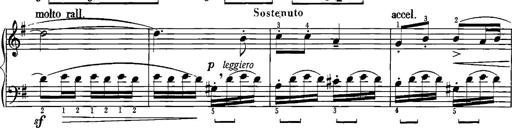
Title: Sonatina for Piano
Composer: BÃ©la BartÃ³k